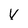
Character: V